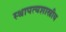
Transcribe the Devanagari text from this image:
स्थापत्यशास्त्रीय